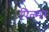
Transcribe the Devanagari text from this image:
पिल्मर